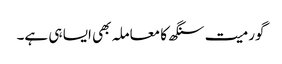
گورمیت سنگھ کا معاملہ بھی ایسا ہی ہے۔